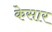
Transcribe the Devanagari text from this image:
केसार